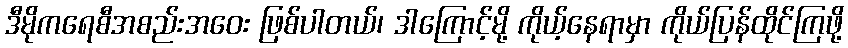
ဒီမိုကရေစီအစည်းအဝေး ဖြစ်ပါတယ်၊ ဒါကြောင့်မို့ ကိုယ့်နေရာမှာ ကိုယ်ပြန်ထိုင်ကြဖို့